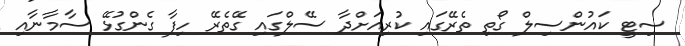
ސިޓީ ކައުންސިލް ގޯތި ތެރޭގައި ކުރިއަށްދާ ސޭލްގައި ގޭތެރޭ ހިފާ ގެންގުޅޭ ސާމާނާއި